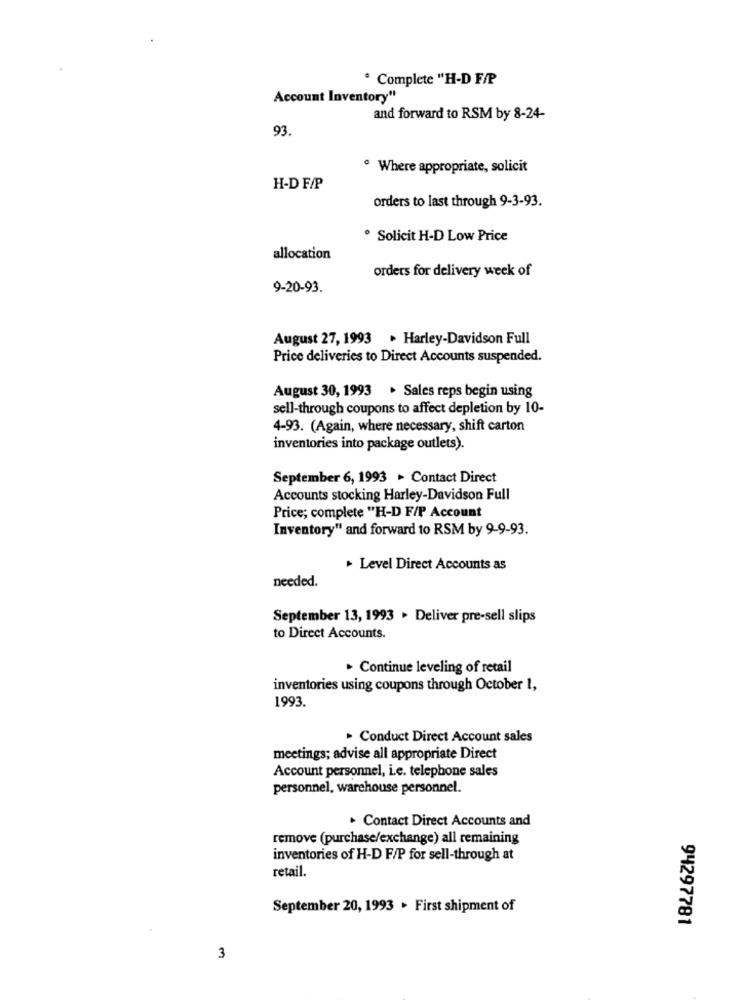
· Complete "H-D F/P
Account Inventory"
and forward to RSM by 8-24-
93.
· Where appropriate, solicit
H-D F/P
orders to last through 9-3-93.
. Solicit H-D Low Price
allocation
orders for delivery week of
9-20-93.
August 27, 1993 . Harley-Davidson Full
Price deliveries to Direct Accounts suspended.
August 30, 1993 . Sales reps begin using
sell-through coupons to affect depletion by 10-
4-93. (Again, where necessary, shift carton
inventories into package outlets).
September 6, 1993 . Contact Direct
Accounts stocking Harley-Davidson Full
Price; complete "H-D F/P Account
Inventory" and forward to RSM by 9-9-93.
. Level Direct Accounts as
needed.
September 13, 1993 . Deliver pre-sell slips
to Direct Accounts.
. Continue leveling of retail
inventories using coupons through October 1,
1993.
· Conduct Direct Account sales
meetings; advise all appropriate Direct
Account personnel, i.e. telephone sales
personnel, warehouse personnel.
. Contact Direct Accounts and
remove (purchase/exchange) all remaining
inventories of H-D F/P for sell-through at
retail.
September 20, 1993 . First shipment of
94297781
3